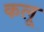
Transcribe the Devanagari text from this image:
कलू